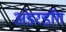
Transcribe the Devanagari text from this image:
अंडरडाॅग